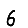
Digit: 6